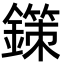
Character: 鏼